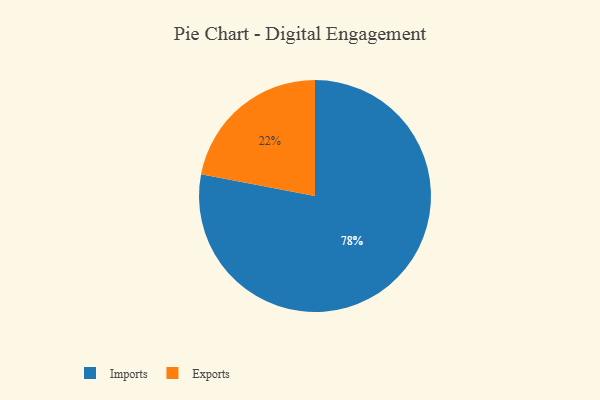
{"axis": {"x": "Category", "y": "Percentage"}, "legend": ["Exports", "Imports"], "data": [{"x": "Imports", "y": 78, "type": "Imports"}, {"x": "Exports", "y": 22, "type": "Exports"}]}